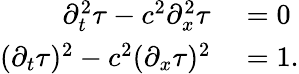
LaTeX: \begin{array}{rl}{\partial_{t}^{2}\tau-c^{2}\partial_{x}^{2}\tau}&{{}=0}\\ {(\partial_{t}\tau)^{2}-c^{2}(\partial_{x}\tau)^{2}}&{{}=1.}\end{array}